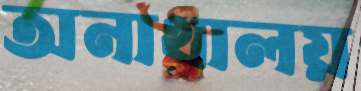
অনাথালয়